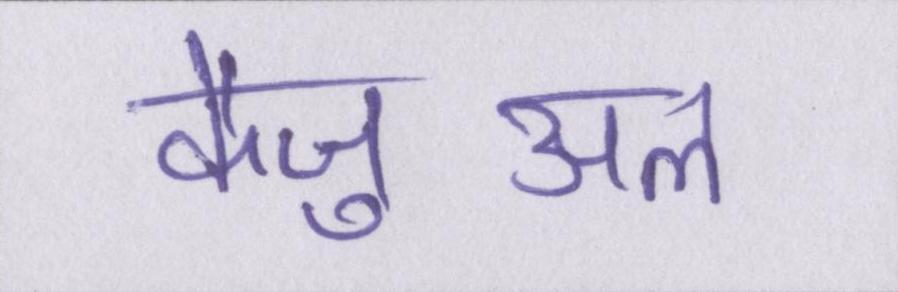
कैज़ुअल